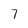
Character: 7